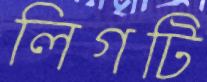
লিগটি